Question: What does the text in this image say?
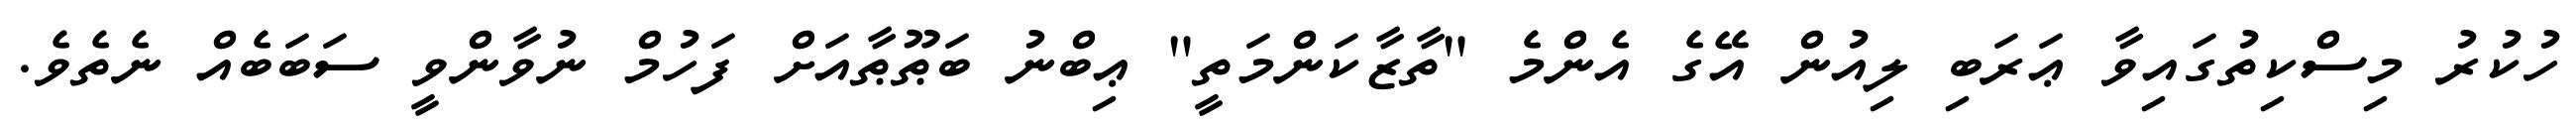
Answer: ހުކުރު މިސްކިތުގައިވާ ޢަރަބި ލިއުން އޭގެ އެންމެ "ތާޒާކަންމަތީ" ޢިބްނު ބަޠޫޠާއަށް ފަހުމް ނުވާންވީ ސަބަބެއް ނެތެވެ.